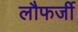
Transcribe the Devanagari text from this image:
लौफर्जी